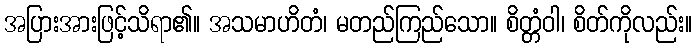
အပြားအားဖြင့်သိရာ၏။ အသမာဟိတံ၊ မတည်ကြည်သော။ စိတ္တံဝါ၊ စိတ်ကိုလည်း။